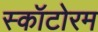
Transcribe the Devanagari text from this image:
स्कॉटोरम